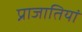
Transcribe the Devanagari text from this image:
प्राजातियां